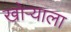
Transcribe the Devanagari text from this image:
खोऱ्याला